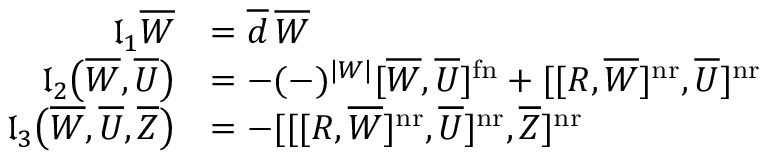
\begin{array} { r l } { \mathfrak l _ { 1 } \overline { W } } & { = \overline { d } \, \overline { W } } \\ { \mathfrak l _ { 2 } \big ( \overline { W } , \overline { U } \big ) } & { = - ( - ) ^ { | W | } [ \overline { W } , \overline { U } ] ^ { \mathrm { f n } } + [ [ R , \overline { W } ] ^ { \mathrm { n r } } , \overline { U } ] ^ { \mathrm { n r } } } \\ { \mathfrak l _ { 3 } \big ( \overline { W } , \overline { U } , \overline { Z } \big ) } & { = - [ [ [ R , \overline { W } ] ^ { \mathrm { n r } } , \overline { U } ] ^ { \mathrm { n r } } , \overline { Z } ] ^ { \mathrm { n r } } } \end{array}